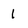
Character: 1